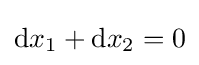
\mathrm {d} x_{1}+\mathrm {d} x_{2}=0